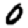
Digit: 0